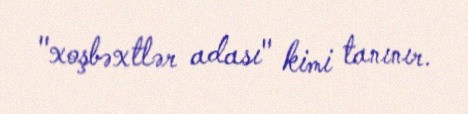
"xoşbəxtlər adası" kimi tanınır.